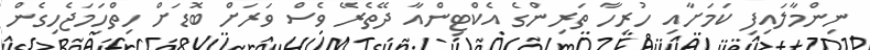
ނިންމާލައިފި ކަމަށާއި ހުރިހާ ތަރިންގެ އެކްޓިންއާ ދޭތެރޭ ވެސް ވަރަށް ބޮޑަށް ހިތްހަމަޖެހިގެން